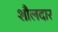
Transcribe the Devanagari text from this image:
शौलदार